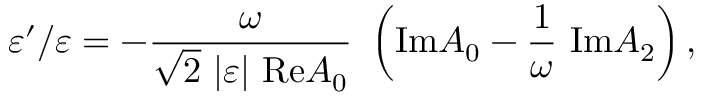
\varepsilon ^ { \prime } / \varepsilon = - { \frac { \omega } { \sqrt { 2 } ~ \vert \varepsilon \vert ~ \mathrm { R e } A _ { 0 } } } ~ \left( \mathrm { I m } A _ { 0 } - { \frac { 1 } { \omega } } ~ \mathrm { I m } A _ { 2 } \right) ,